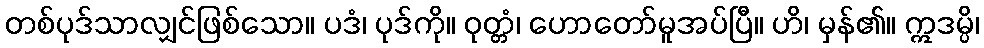
တစ်ပုဒ်သာလျှင်ဖြစ်သော။ ပဒံ၊ ပုဒ်ကို။ ဝုတ္တံ၊ ဟောတော်မူအပ်ပြီ။ ဟိ၊ မှန်၏။ ဣဒမ္ပိ၊